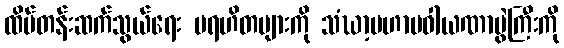
ထိပ်တန်းဆက်သွယ်ရေး ပရဟိတများကို သံဃာ့မဟာပဝါယဏာပွဲကြီးကို